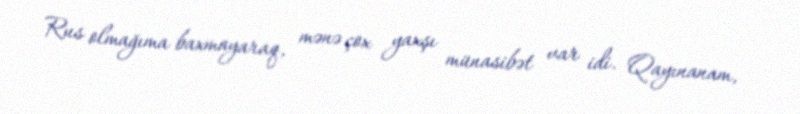
Rus olmağıma baxmayaraq, mənə çox yaxşı münasibət var idi. Qayınanam,